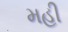
મહી